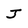
Character: J